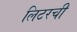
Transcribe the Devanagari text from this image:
लिटरची